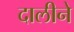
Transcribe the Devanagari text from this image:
दालीने